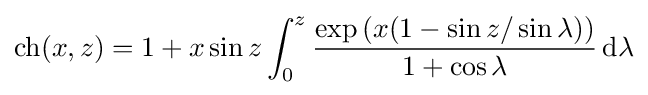
\operatorname {ch} (x,z)=1+x\sin z\int _{0}^{z}{\frac {\exp \left(x(1-\sin z/\sin \lambda )\right)}{1+\cos \lambda }}\,\mathrm {d} \lambda